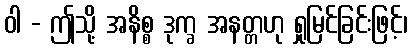
ဝါ - ဤသို့ အနိစ္စ ဒုက္ခ အနတ္တဟု ရှုမြင်ခြင်းဖြင့်၊